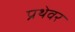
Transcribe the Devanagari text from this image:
प्रथेवर